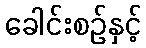
ခေါင်းစဉ်နှင့်